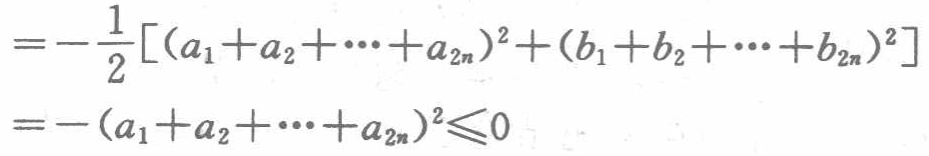
\[

=-\frac{1}{2}[(a_{1}+a_{2}+\cdots +a_{2n})^{2}+(b_{1}+b_{2}+\cdots +b_{2n})^{2}]

\]

\[

=-(a_{1}+a_{2}+\cdots +a_{2n})^{2}\leqslant0

\]